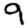
Digit: 9